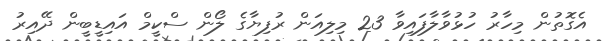
އެގޮތުން މިހާރު ހުޅުވާލާފައިވާ 23 މިލިއަން ރުފިޔާގެ ލޯން ސްކީމް އައިޑީބީން ދޭއިރު